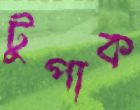
টুপাক